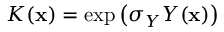
K ( \mathbf { x } ) = \exp \left( \sigma _ { Y } Y ( \mathbf { x } ) \right)